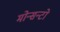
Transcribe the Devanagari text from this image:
मोन्सन्टो